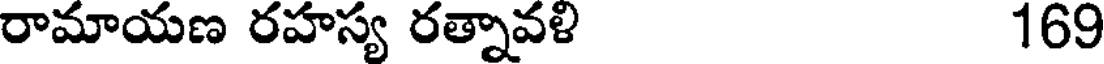
రామాయణ రహస్య రత్నావళి 169